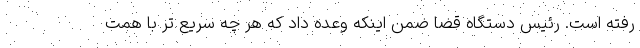
رفته است. رئیس دستگاه قضا ضمن اینکه وعده داد که هر چه سریع تر با همت